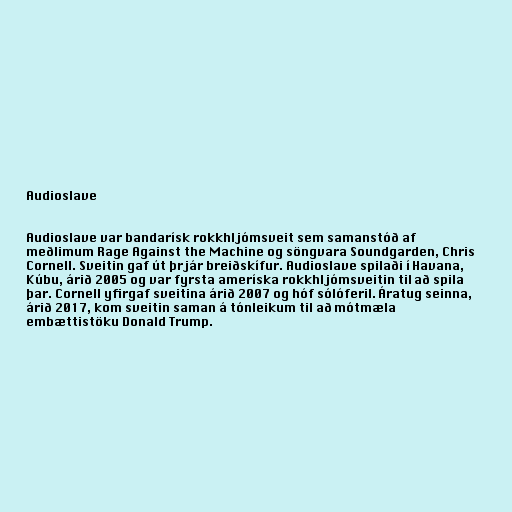
Audioslave

Audioslave var bandarísk rokkhljómsveit sem samanstóð af
meðlimum Rage Against the Machine og söngvara Soundgarden, Chris
Cornell. Sveitin gaf út þrjár breiðskífur. Audioslave spilaði í Havana,
Kúbu, árið 2005 og var fyrsta ameríska rokkhljómsveitin til að spila
þar. Cornell yfirgaf sveitina árið 2007 og hóf sólóferil. Áratug seinna,
árið 2017, kom sveitin saman á tónleikum til að mótmæla
embættistöku Donald Trump.